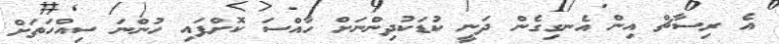
އެ ރިސާޗް އިން އެނގިގެން ދަނީ ކުޑަކުދިންނަށް ހާއްސަ ކޮށްފައި ހުންނަ ސިއްހަތަށް